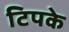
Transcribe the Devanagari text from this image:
टिपके